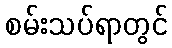
စမ်းသပ်ရာတွင်